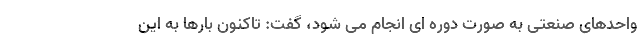
واحدهای صنعتی به صورت دوره ای انجام می شود، گفت: تاکنون بارها به این